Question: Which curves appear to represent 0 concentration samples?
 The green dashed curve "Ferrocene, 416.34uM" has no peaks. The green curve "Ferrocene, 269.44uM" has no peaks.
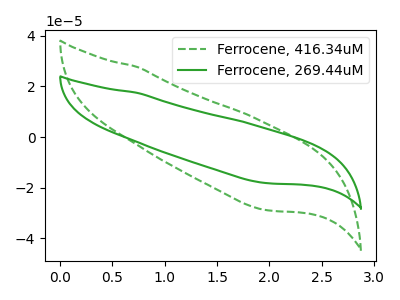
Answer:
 <answer>"Ferrocene, 416.34uM" and "Ferrocene, 269.44uM" are likely to be blanks.</answer>
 <eval>"Ferrocene, 416.34uM", "Ferrocene, 269.44uM"</eval>